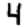
Digit: 4